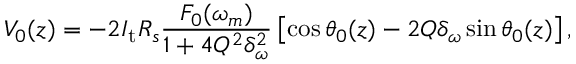
V _ { 0 } ( z ) = - 2 I _ { \mathrm { t } } R _ { s } \frac { F _ { 0 } ( \omega _ { m } ) } { 1 + 4 Q ^ { 2 } \delta _ { \omega } ^ { 2 } } \left[ \cos \theta _ { 0 } ( z ) - 2 Q \delta _ { \omega } \sin \theta _ { 0 } ( z ) \right] ,